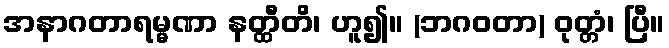
အနာဂတာရမ္မဏာ နတ္ထီတိ၊ ဟူ၍။ (ဘဂဝတာ) ဝုတ္တံ၊ ပြီ။